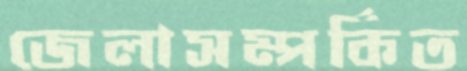
জেলাসম্পর্কিত